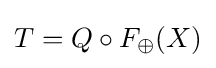
T=Q\circ F_{\oplus }(X)